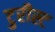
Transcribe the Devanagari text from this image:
टुरीस्ट